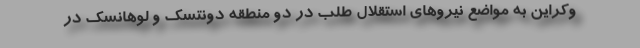
وکراین به مواضع نیروهای استقلال طلب در دو منطقه دونتسک و لوهانسک در